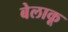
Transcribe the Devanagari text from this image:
बेलाकू